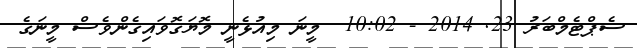
ސެޕްޓެމްބަރު 23